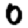
Digit: 0